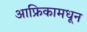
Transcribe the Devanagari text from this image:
आफ्रिकामधून